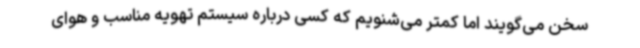
سخن می‌گویند اما کمتر می‌شنویم که کسی درباره سیستم تهویه مناسب و هوای